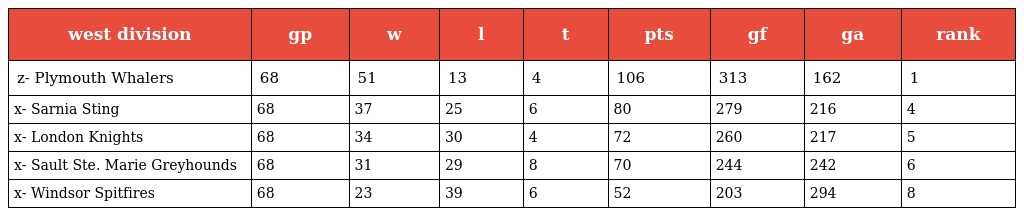
| west division | gp | w | l | t | pts | gf | ga | rank |
 | --- | --- | --- | --- | --- | --- | --- | --- | --- |
 | z- Plymouth Whalers | 68 | 51 | 13 | 4 | 106 | 313 | 162 | 1 |
 | x- Sarnia Sting | 68 | 37 | 25 | 6 | 80 | 279 | 216 | 4 |
 | x- London Knights | 68 | 34 | 30 | 4 | 72 | 260 | 217 | 5 |
 | x- Sault Ste. Marie Greyhounds | 68 | 31 | 29 | 8 | 70 | 244 | 242 | 6 |
 | x- Windsor Spitfires | 68 | 23 | 39 | 6 | 52 | 203 | 294 | 8 |